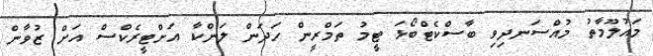
މައުލޫމާތު މުއްސަނދިވި ބާސްކެޓްބޯޅަ ޓީމު ތަމްރީން ހަދަން ލަންކާ އަށްޓީރެކްސް އަށް ޒުވާން